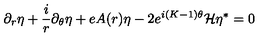
\partial _ { r } \eta + \frac { i } { r } \partial _ { \theta } \eta + e A ( r ) \eta - 2 e ^ { i ( K - 1 ) \theta } { \cal { H } } \eta ^ { * } = 0